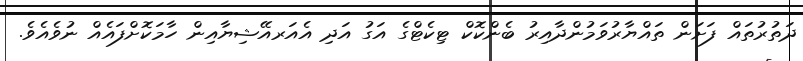
ދަތުރުތައް ފަށަން ތައްޔާރުވަމުންދާއިރު ބެންކޮކް ޓިކެޓްގެ އަގު އަދި އެއަރއޭޝިޔާއިން ހާމަކޮށްފައެއް ނުވެއެވެ.